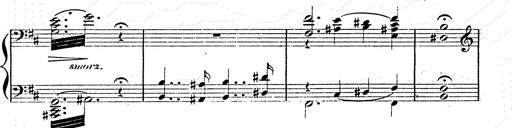
Title: Franz Schuberts geistliche Lieder
Composer: Franz Liszt